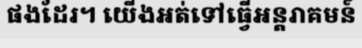
ផងដែរ។ យើងអត់ទៅធ្វើអន្តរាគមន៍